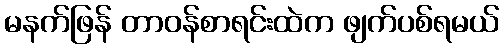
မနက်ဖြန် တာဝန်စာရင်းထဲက ဖျက်ပစ်ရမယ်